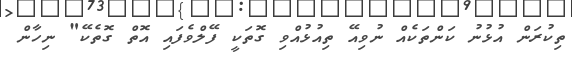
ތިކުރަން އުޅުނު ކަންތަކެއް ނުވިއޭ ތިއުޅުއްވި ގޮތަކީ ފޭލްވެފައި އޮތް ގޮތެކޭ" ނިހާން